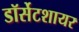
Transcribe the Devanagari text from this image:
डॉर्सेटशायर